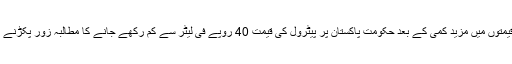
خام تیل کی قیمتوں میں مزید کمی کے بعد حکومت پاکستان پر پیٹرول کی قیمت 40 روپے فی لیٹر سے کم رکھے جانے کا مطالبہ زور پکڑنے کی توقع ہے۔